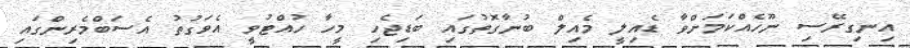
އިނގިރޭސި ނޫހެއްކަމަށްވާ ޑެއިލީ މެއިލް ބުނާގޮތުގައި ބަޑިޖެހި މީހާ ހުއްޓުވީ އެވަގުތު އެސަބްމެރިންގައި